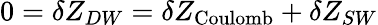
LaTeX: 0=\delta Z_{DW}=\delta Z_{\mathrm{Coulomb}}+\delta Z_{SW}